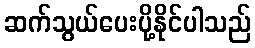
ဆက်သွယ်ပေးပို့နိုင်ပါသည်